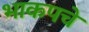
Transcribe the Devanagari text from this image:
भाकपचे